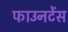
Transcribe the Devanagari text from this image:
फाउनटेंस